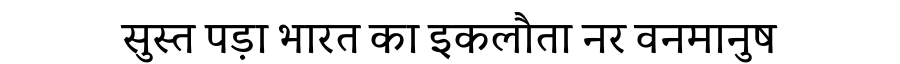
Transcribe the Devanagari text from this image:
सुस्त पड़ा भारत का इकलौता नर वनमानुष